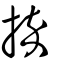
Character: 捽